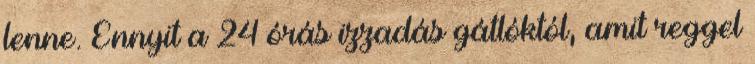
lenne. Ennyit a 24 órás izzadás gátlóktól, amit reggel